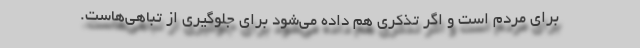
برای مردم است و اگر تذکری هم داده می‌شود برای جلوگیری از تباهی‌هاست.